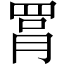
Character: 罥